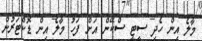
މާލެ އިން ހެދި ސީޓީ ސްކޭން އަށް ފަހު މާލެ އިން ޑޮކްޓަރުން